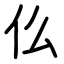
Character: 仫